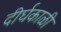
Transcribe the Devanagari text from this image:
दीर्घकाळी